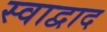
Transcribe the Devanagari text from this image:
स्वाद्वाद